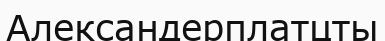
Александерплатцты